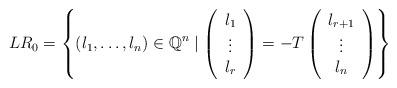
LaTeX: \begin{align*} LR_0 &= \left\{(l_1,\dots,l_n)\in\mathbb{Q}^n \mid \left( \begin{array}{c} {l}_1\\ \vdots\\ {l}_r \end{array} \right) =- T \left( \begin{array}{c} {l}_{r+1}\\ \vdots\\ {l}_n \end{array} \right)\right\} \end{align*}